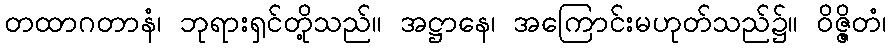
တထာဂတာနံ၊ ဘုရားရှင်တို့သည်။ အဋ္ဌာနေ၊ အကြောင်းမဟုတ်သည်၌။ ဝိဇ္ဇိတံ၊